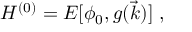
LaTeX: H ^ { ( 0 ) } = E [ \phi _ { 0 } , g ( \vec { k } ) ] \; ,